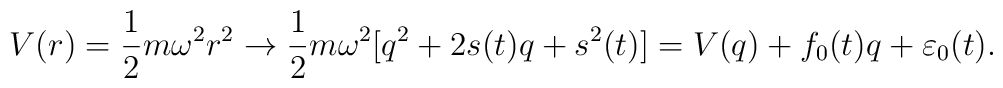
V(r) = \frac{1}{2} m \omega^2 r^2 \rightarrow  \frac{1}{2} m \omega^2  [ q^2 + 2 s(t) q + s^2(t) ] = V(q) + f_0 (t) q + \varepsilon_0 (t).